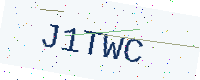
Text: J1TWC